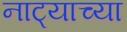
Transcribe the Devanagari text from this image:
नाट्याच्या